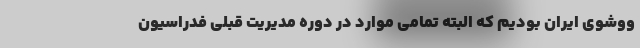
ووشوی ایران بودیم که البته تمامی موارد در دوره مدیریت قبلی فدراسیون